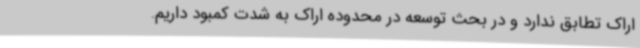
اراک تطابق ندارد و در بحث توسعه در محدوده اراک به شدت کمبود داریم.